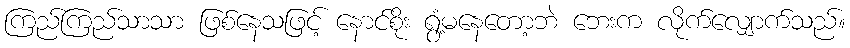
ကြည်ကြည်သာသာ ဖြစ်နေသဖြင့် နောင်စိုး ရွံ့မနေတော့ဘဲ ဘေးက လိုက်လျှောက်သည်။